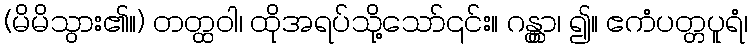
(မိမိသွား၏။) တတ္ထဝါ၊ ထိုအရပ်သို့သော်၎င်း။ ဂန္တွာ၊ ၍။ ဧကံပတ္တပူရံ၊